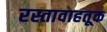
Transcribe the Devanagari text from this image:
रस्तावाहतूक